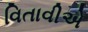
વિતાવીએ